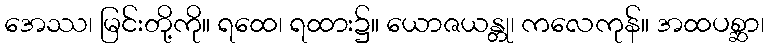
အေဿ၊ မြင်းတို့ကို။ ရထေ၊ ရထား၌။ ယောဇယန္တု၊ ကလေကုန်။ အထပစ္ဆာ၊